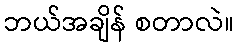
ဘယ်အချိန် စတာလဲ။